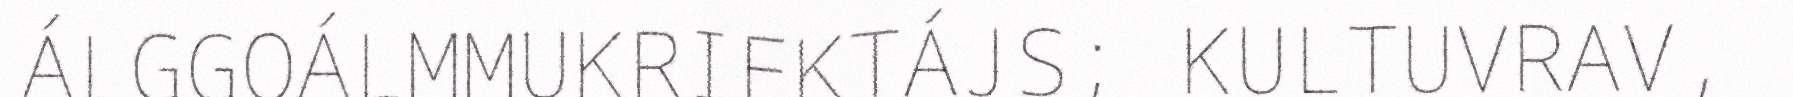
ÁLGGOÁLMMUKRIEKTÁJS; KULTUVRAV,